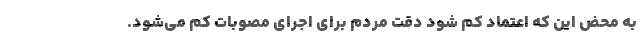
به محض این که اعتماد کم شود دقت مردم برای اجرای مصوبات کم می‌شود.